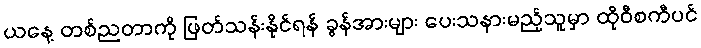
ယနေ့ တစ်ညတာကို ဖြတ်သန်းနိုင်ရန် ခွန်အားများ ပေးသနားမည့်သူမှာ ထိုဝီစကီပင်